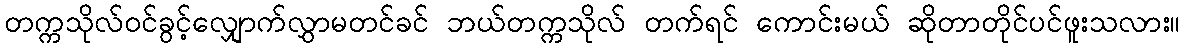
တက္ကသိုလ်ဝင်ခွင့်လျှောက်လွှာမတင်ခင် ဘယ်တက္ကသိုလ် တက်ရင် ကောင်းမယ် ဆိုတာတိုင်ပင်ဖူးသလား။